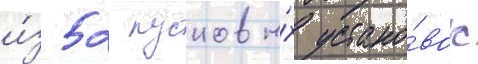
и́з 52 пусковы́х устано́вок